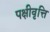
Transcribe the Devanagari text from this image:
पक्षीवृत्ति